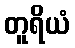
တူရိယံ